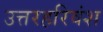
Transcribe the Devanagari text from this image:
उत्तरहरिवंश